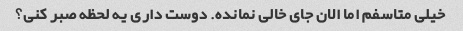
خیلی متاسفم اما الان جای خالی نمانده. دوست داری یه لحظه صبر کنی؟